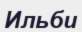
Ильби